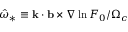
\hat { \omega } _ { * } \equiv \mathbf { k } \cdot \mathbf { b } \times \nabla \ln { F _ { 0 } } / \Omega _ { c }